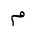
Letter: _mim